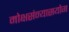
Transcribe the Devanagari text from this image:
मोक्षसंन्यासयोग